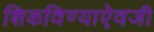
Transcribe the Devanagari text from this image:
शिकविण्याऐवजी